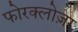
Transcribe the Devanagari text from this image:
फोरक्लोज़र